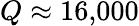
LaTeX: Q\approx 16{,}000